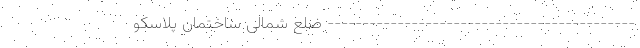
-------------------------------------------- ضلع شمالی ساختمان پلاسکو